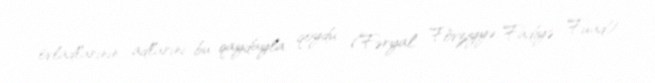
övladlarının adlarını bu qaydayla qoydu (Fəryal, Fövziyyə, Fadiyə, Fuad).